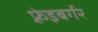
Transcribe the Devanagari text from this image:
फ़्रेइबर्गर